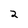
Character: 2